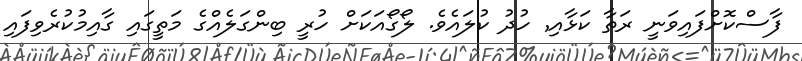
ފާސްކޮށްފައިވަނީ ރަތާ ކަޅާއި